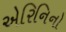
એરિનિનો